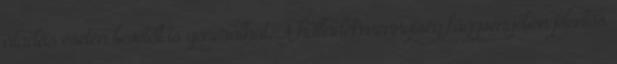
átadás esetén bevételt is generálhat. A hulladékmennyiség függvényében jelentős